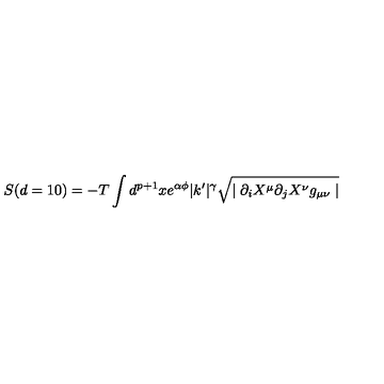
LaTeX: S ( d = 1 0 ) = - T \int d ^ { p + 1 } x e ^ { \alpha \phi } | k ^ { \prime } | ^ { \gamma } \sqrt { \mid \partial _ { i } X ^ { \mu } \partial _ { j } X ^ { \nu } g _ { \mu \nu } \mid }